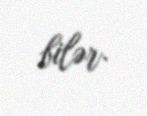
bilər.